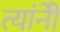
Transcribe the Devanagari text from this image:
त्यांनीेे